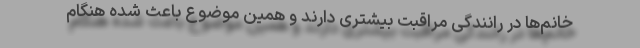
خانم‌ها در رانندگی مراقبت بیشتری دارند و همین موضوع باعث شده هنگام